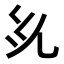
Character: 𭀜